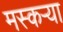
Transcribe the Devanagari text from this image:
मस्कऱ्या